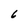
Character: 6